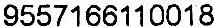
9557166110018